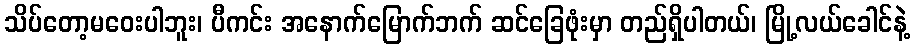
သိပ်တော့မဝေးပါဘူး၊ ပီကင်း အနောက်မြောက်ဘက် ဆင်ခြေဖုံးမှာ တည်ရှိပါတယ်၊ မြို့လယ်ခေါင်နဲ့